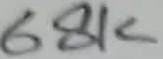
Text: 68K